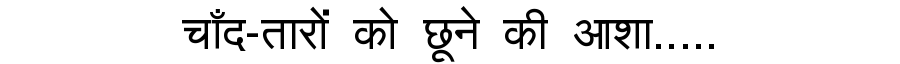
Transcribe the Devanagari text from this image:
चाँद-तारों को छूने की आशा.....